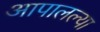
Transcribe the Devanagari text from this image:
आपालल्या